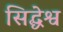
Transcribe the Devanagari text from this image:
सिद्धेश्व